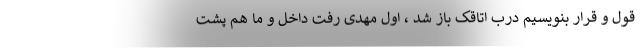
قول و قرار بنویسیم درب اتاقک باز شد ، اول مهدی رفت داخل و ما هم پشت